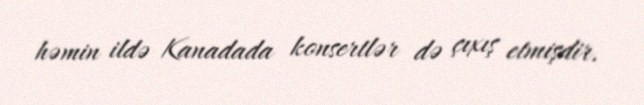
həmin ildə Kanadada konsertlər də çıxış etmişdir.